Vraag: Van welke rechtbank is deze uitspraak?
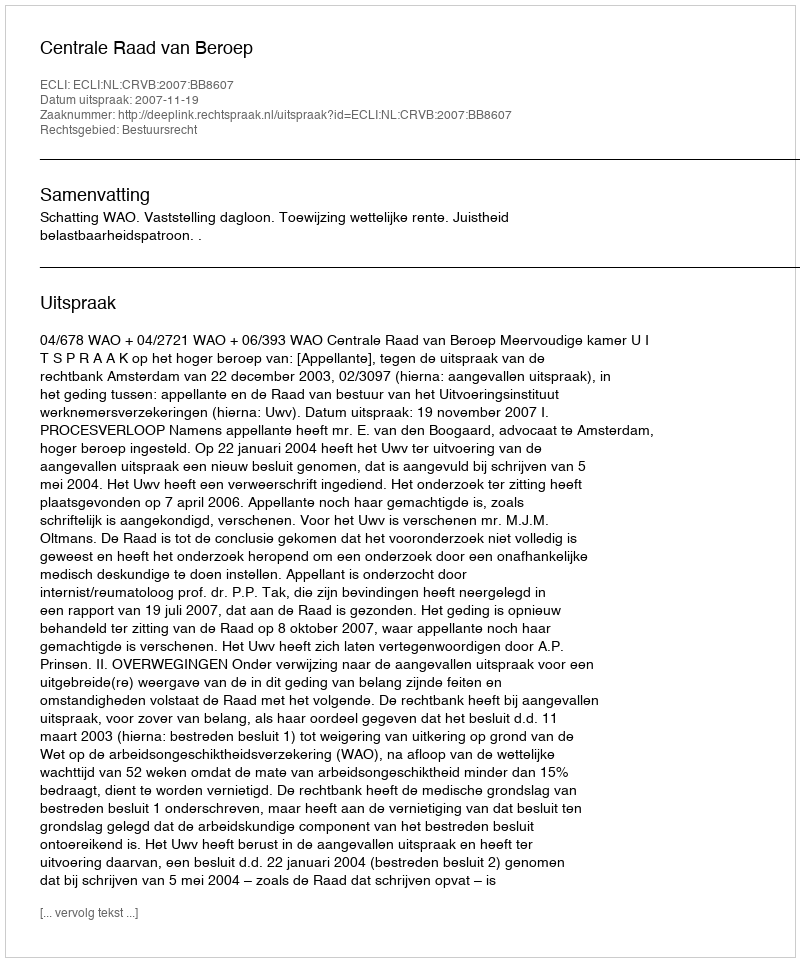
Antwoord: Centrale Raad van Beroep